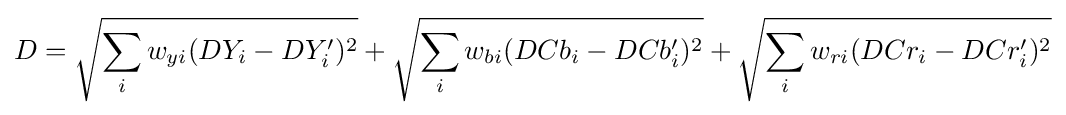
D={\sqrt {\sum _{i}w_{yi}(DY_{i}-DY_{i}')^{2}}}+{\sqrt {\sum _{i}w_{bi}(DCb_{i}-DCb_{i}')^{2}}}+{\sqrt {\sum _{i}w_{ri}(DCr_{i}-DCr_{i}')^{2}}}